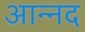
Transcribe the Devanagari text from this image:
आन्‍नद